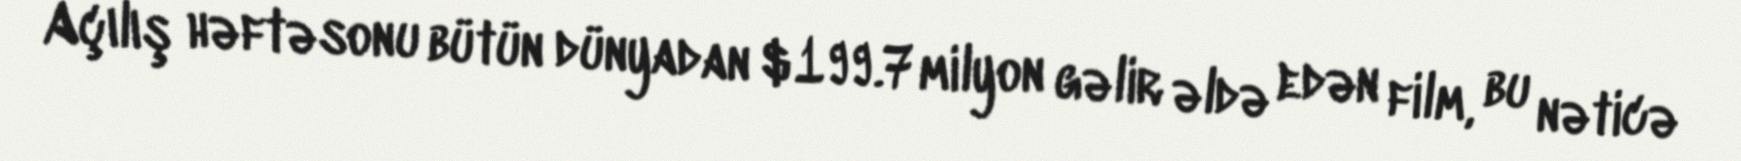
Açılış həftəsonu bütün dünyadan $199.7 milyon gəlir əldə edən film, bu nəticə